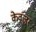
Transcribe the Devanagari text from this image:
केवंज़र